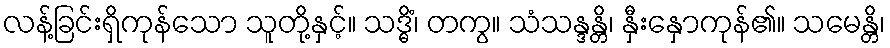
လန့်ခြင်းရှိကုန်သော သူတို့နှင့်။ သဒ္ဓိံ၊ တကွ။ သံသန္ဒန္တိ၊ နှီးနှောကုန်၏။ သမေန္တိ၊